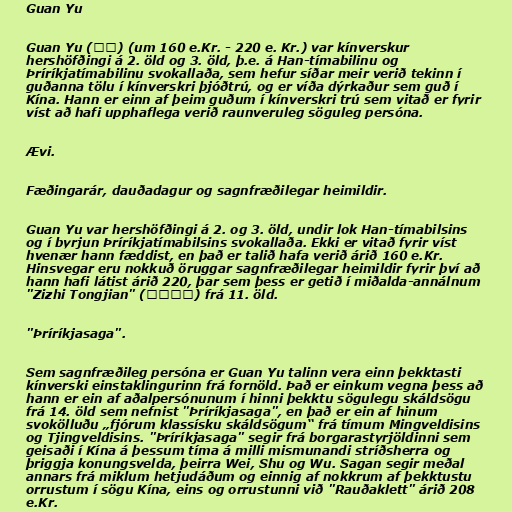
Guan Yu

Guan Yu (關羽) (um 160 e.Kr. - 220 e. Kr.) var kínverskur
hershöfðingi á 2. öld og 3. öld, þ.e. á Han-tímabilinu og
Þríríkjatímabilinu svokallaða, sem hefur síðar meir verið tekinn í
guðanna tölu í kínverskri þjóðtrú, og er víða dýrkaður sem guð í
Kína. Hann er einn af þeim guðum í kínverskri trú sem vitað er fyrir
víst að hafi upphaflega verið raunveruleg söguleg persóna.

Ævi.

Fæðingarár, dauðadagur og sagnfræðilegar heimildir.

Guan Yu var hershöfðingi á 2. og 3. öld, undir lok Han-tímabilsins
og í byrjun Þríríkjatímabilsins svokallaða. Ekki er vitað fyrir víst
hvenær hann fæddist, en það er talið hafa verið árið 160 e.Kr.
Hinsvegar eru nokkuð öruggar sagnfræðilegar heimildir fyrir því að
hann hafi látist árið 220, þar sem þess er getið í miðalda-annálnum
"Zizhi Tongjian" (資治通鑑) frá 11. öld.

"Þríríkjasaga".

Sem sagnfræðileg persóna er Guan Yu talinn vera einn þekktasti
kínverski einstaklingurinn frá fornöld. Það er einkum vegna þess að
hann er ein af aðalpersónunum í hinni þekktu sögulegu skáldsögu
frá 14. öld sem nefnist "Þríríkjasaga", en það er ein af hinum
svokölluðu „fjórum klassísku skáldsögum“ frá tímum Mingveldisins
og Tjingveldisins. "Þríríkjasaga" segir frá borgarastyrjöldinni sem
geisaði í Kína á þessum tíma á milli mismunandi stríðsherra og
þriggja konungsvelda, þeirra Wei, Shu og Wu. Sagan segir meðal
annars frá miklum hetjudáðum og einnig af nokkrum af þekktustu
orrustum í sögu Kína, eins og orrustunni við "Rauðaklett" árið 208
e.Kr.